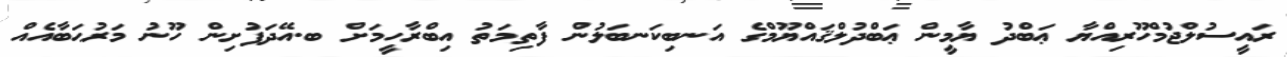
ރައީސުލްޖުމްހޫރިއްޔާ ޢަބްދު ޔާމީން ޢަބްދުލްޤައްޔޫމްގެ އަނބިކަނބަލުން ފާތިމަތު އިބްރާހީމަށް ބ.އޭދަފުށިން ހޫނު މަރުޙަބާއެއް